Vaccination North-Western Provinces 1866-1877 - 1866-1877
Year: 1866
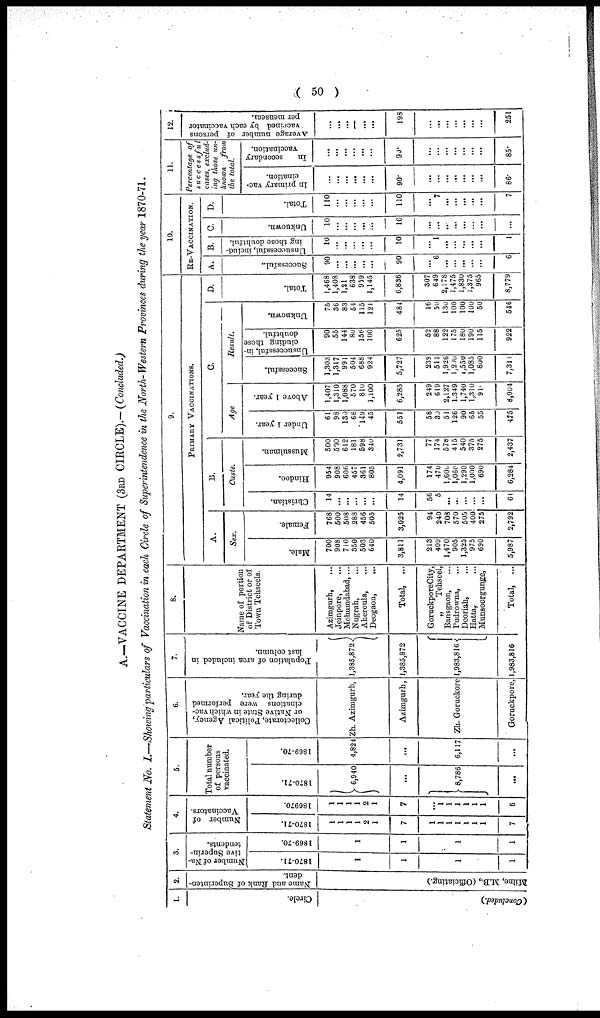
( 50 )
A.—VACCINE DEPARTMENT (3RD CIRCLE).—(Concluded.)
Statement No. I.—Showing particulars of Vaccination in each Circle of Superintendence in the North-Western Provinces during the year 1870-71.
1.
Circle.
(Concluded.)
2.
Name and Rank of Superinten-
dent.
Milne, M.B., (Officiating.)
3.
Number of Na-
tive Superin-
tendents.
1870-71.
1
1
1
1
1869-70.
1
1
1
1
4.
Number of
Vaccinators.
1870-71.
1
1
1
1
2
1
7
1
1
1
1
1
1
1
7
1869-70.
1
1
1
1
2
1
7
...
1
1
1
1
1
1
6
5.
Total number
of persons
vaccinated.
1870-71.
6,940
...
8,786
...
1869-70.
4,824
...
6,117
...
6.
Collectorate, Political Agency,
or Native State in which vac-
cinations were performed
during the year.
Zh. Azimgurh,
Azimgurh,
Zh. Goruckore
Goruckpore,
7.
Population of area included in
last column.
1,385,872
1,385,872
1,983,816
1,983,816
8.
Name of portion
of District or of
Town Tehseels.
Azimgurh, ...
Jeinpore, ...
Mohumdabad, ...
Nugrah, ...
Aheroula, ...
Deogaon,
...
Total, ...
GoruckporeCity,
„
Tehseel,
Bansgaon, ...
Pudrowna, ...
Deoriah, ...
Hatta, ...
Munsoorgunge,
Total, ...
9.
PRI MARY VACCINATIONS.
A.
Sex.
Male.
700
908
710
350
503
640
3,811
213
409
1,470
905
1,325
975
690
5,987
Female.
768
500
508
288
456
505
3,025
94
240
708
570
505
400
275
2,792
B.
Caste.
Christian.
14
...
...
...
...
...
14
56
5
...
...
...
...
...
61
Hindoo.
954
908
606
457
361
805
4,091
174
470
l,600
1,060
1,290
1,000
690
6,284
Mussulman.
500
500
612
181
598
340
2,731
77
174
578
415
540
375
275
2,437
C.
Age
Under 1 year.
61
98
130
68
149
45
551
58
30
51
126
90
65
55
475
Above 1 year.
1,407
1,310
1,088
570
810
1,100
6,285
249
619
2,127
1,349
1,740
1,310
910
8,004
Result.
Successful.
1,303
1,317
991
504
688
924
5,727
239
511
1,926
l,200
1,550
1,085
800
7,311
Unsuccessful, in-
cluding those
doubtful.
90
55
144
80
156
100
625
52
88
122
175
180
190
115
922
Unknown.
75
36
83
54
115
121
484
16
50
130
100
100
100
50
546
D.
Total.
1,468
1,408
1,21
638
959
1,145
6,836
307
649
2,178
1,475
1,830
1,375
965
8,779
10.
RE-VACCINATION.
A.
Successful.
90
...
...
...
...
...
90
...
6
...
...
...
...
...
6
B.
Unsuccessful, includ-
ing those doubtful.
10
...
...
...
...
...
10
...
1
...
...
...
...
...
1
C.
Unknown.
10
...
...
...
...
...
10
...
...
...
...
...
...
...
...
D.
Total.
110
...
...
...
...
...
110
...
7
...
...
...
...
...
7
11.
Percentage of
successful
cases, exclud-
ing those un-
known
from
the total.
In primary vac-
cination.
...
...
...
...
...
...
90.
...
...
...
...
...
...
...
86.
In
secondary
vaccination.
...
...
...
...
...
...
90.
...
...
...
...
...
...
...
85.
12.
Average number of persons
vaccined by each vaccinator
per mensem.
...
...
...
...
...
...
198
...
...
...
...
...
...
...
251